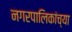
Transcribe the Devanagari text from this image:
नगरपालिकांच्या